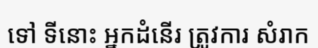
ទៅ ទីនោះ អ្នកដំនើរ ត្រូវការ សំរាក